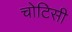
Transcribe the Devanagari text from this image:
चोटिसी